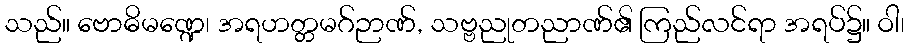
သည်။ ဗောဓိမဏ္ဍေ၊ အရဟတ္တမဂ်ဉာဏ်, သဗ္ဗညုတညာဏ်၏ ကြည်လင်ရာ အရပ်၌။ ဝါ၊